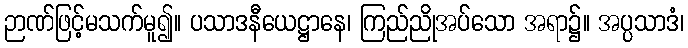
ဉာဏ်ဖြင့်မသက်မူ၍။ ပသာဒနီယေဋ္ဌာနေ၊ ကြည်ညိုအပ်သော အရာ၌။ အပ္ပသာဒံ၊